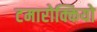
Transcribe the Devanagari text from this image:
टमारोक्कियो